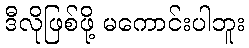
ဒီလိုဖြစ်ဖို့ မကောင်းပါဘူး